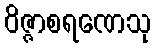
ဝိဇ္ဇာစရဏေသု